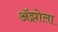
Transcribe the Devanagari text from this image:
अॅझोला